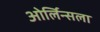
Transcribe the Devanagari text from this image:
ओर्लिन्सला